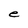
Character: e